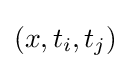
(x,t_{i},t_{j})